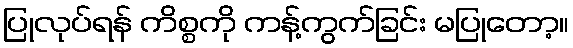
ပြုလုပ်ရန် ကိစ္စကို ကန့်ကွက်ခြင်း မပြုတော့။